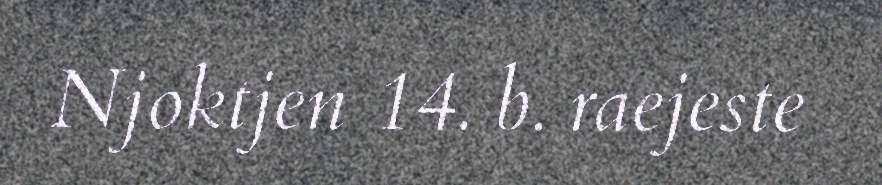
Njoktjen 14. b. raejeste